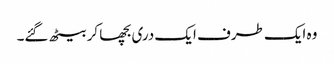
وہ ایک طرف ایک دری بچھا کر بیٹھ گئے۔